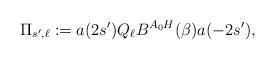
LaTeX: \begin{align*} \Pi_{s', \ell} := a(2s')Q_\ell B^{A_0 H}(\beta)a(-2s'),\end{align*}